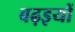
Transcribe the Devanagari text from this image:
बढ़इयों